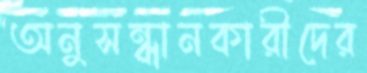
অনুসন্ধানকারীদের